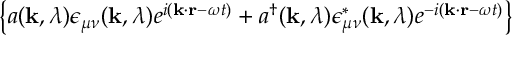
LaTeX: \left\{ a ( { \bf k } , \lambda ) \epsilon _ { \mu \nu } ( { \bf k } , \lambda ) e ^ { i ( { \bf k \cdot r } - \omega t ) } + a ^ { \dagger } ( { \bf k } , \lambda ) \epsilon _ { \mu \nu } ^ { * } ( { \bf k } , \lambda ) e ^ { - i ( { \bf k \cdot r } - \omega t ) } \right\}